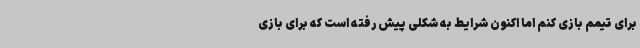
برای تیمم بازی کنم اما اکنون شرایط به شکلی پیش رفته است که برای بازی